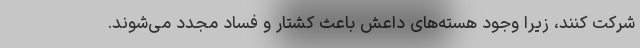
شرکت کنند، زیرا وجود هسته‌های داعش باعث کشتار و فساد مجدد می‌شوند.